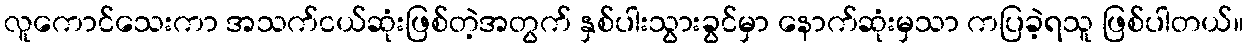
လူကောင်သေးကာ အသက်ငယ်ဆုံးဖြစ်တဲ့အတွက် နှစ်ပါးသွားခွင်မှာ နောက်ဆုံးမှသာ ကပြခဲ့ရသူ ဖြစ်ပါတယ်။